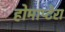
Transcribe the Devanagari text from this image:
होमाप्टेरा